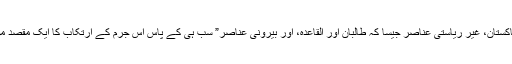
“ریاست پاکستان، غیر ریاستی عناصر جیسا کہ طالبان اور القاعدہ، اور بیرونی عناصر” سب ہی کے پاس اس جرم کے ارتکاب کا ایک مقصد موجود ہے۔